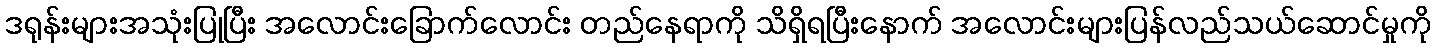
ဒရုန်းများအသုံးပြုပြီး အလောင်းခြောက်လောင်း တည်နေရာကို သိရှိရပြီးနောက် အလောင်းများပြန်လည်သယ်ဆောင်မှုကို